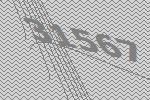
31567